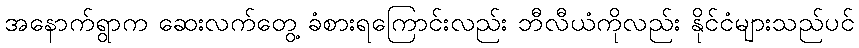
အနောက်ရွာက ဆေးလက်တွေ့ ခံစားရကြောင်းလည်း ဘီလီယံကိုလည်း နိုင်ငံများသည်ပင်